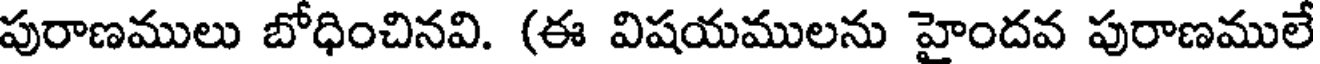
పురాణములు బోధించినవి. (ఈ విషయములను హైందవ పురాణములే